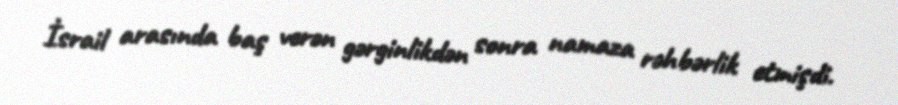
İsrail arasında baş verən gərginlikdən sonra namaza rəhbərlik etmişdi.